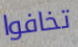
تخافوا